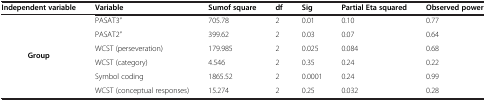
| Independent variable | Variable | Sumof square | df | Sig | Partial Eta squared | Observed power |
 | --- | --- | --- | --- | --- | --- | --- |
 | <ROWSPAN=6> Group | PASAT3" | 705.78 | 2 | 0.01 | 0.10 | 0.77 |
 | PASAT2" | 399.62 | 2 | 0.03 | 0.07 | 0.64 |
 | WCST (perseveration) | 179.985 | 2 | 0.025 | 0.084 | 0.68 |
 | WCST (category) | 4.546 | 2 | 0.35 | 0.24 | 0.22 |
 | Symbol coding | 1865.52 | 2 | 0.0001 | 0.24 | 0.99 |
 | WCST (conceptual responses) | 15.274 | 2 | 0.25 | 0.032 | 0.28 |